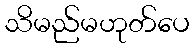
သိမည်မဟုတ်ပေ